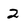
Character: 2